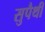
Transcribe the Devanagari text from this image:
सुपैथी